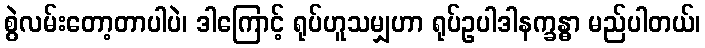
စွဲလမ်းတော့တာပါပဲ၊ ဒါကြောင့် ရုပ်ဟူသမျှဟာ ရုပ်ဥပါဒါနက္ခန္ဓာ မည်ပါတယ်၊